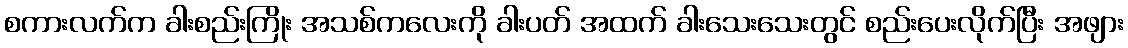
စကားလက်က ခါးစည်းကြိုး အသစ်ကလေးကို ခါးပတ် အထက် ခါးသေးသေးတွင် စည်းပေးလိုက်ပြီး အဖျား